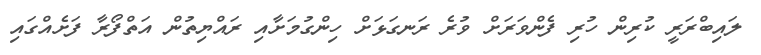
ލައިބްރަރީ ކުރިން ހުރި ފެންވަރަށް ވުރެ ރަނގަޅަށް ހިންގުމަށާއި ރައްޔިތުން އަތްފޯރާ ފަށެއްގައި